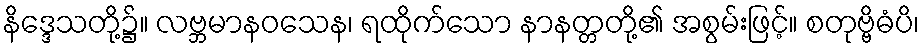
နိဒ္ဒေသတို့၌။ လဗ္ဘမာနဝသေန၊ ရထိုက်သော နာနတ္တတို့၏ အစွမ်းဖြင့်။ စတုဗ္ဗိဓံပိ၊